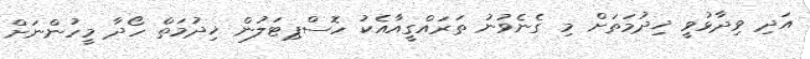
އަދި ވިދާޅުވީ ޚިދުމަތަށް މި ގެނެވުނު ތަރައްގީއާއެކު ހޮސްޕިޓަލުން ޚިދުމަތް ހޯދާ މީހުންނަށް